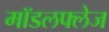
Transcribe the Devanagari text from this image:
मॉडलफ्लेज